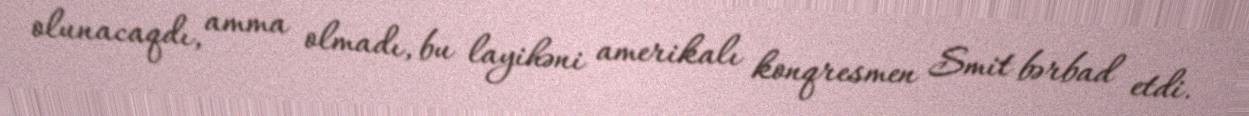
olunacaqdı, amma olmadı, bu layihəni amerikalı konqresmen Smit bərbad etdi.